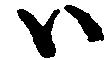
ハ